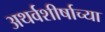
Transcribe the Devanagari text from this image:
अथर्वशीर्षाच्या